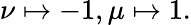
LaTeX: \nu\mapsto-1,\mu\mapsto 1.